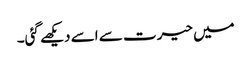
میں حیرت سے اسے دیکھے گئی۔